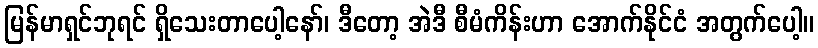
မြန်မာရှင်ဘုရင် ရှိသေးတာပေါ့နော်၊ ဒီတော့ အဲဒီ စီမံကိန်းဟာ အောက်နိုင်ငံ အတွက်ပေါ့။